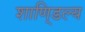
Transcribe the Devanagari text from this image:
शाणि्डल्य